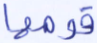
قومها